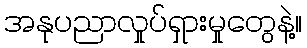
အနုပညာလှုပ်ရှားမှုတွေနဲ့။